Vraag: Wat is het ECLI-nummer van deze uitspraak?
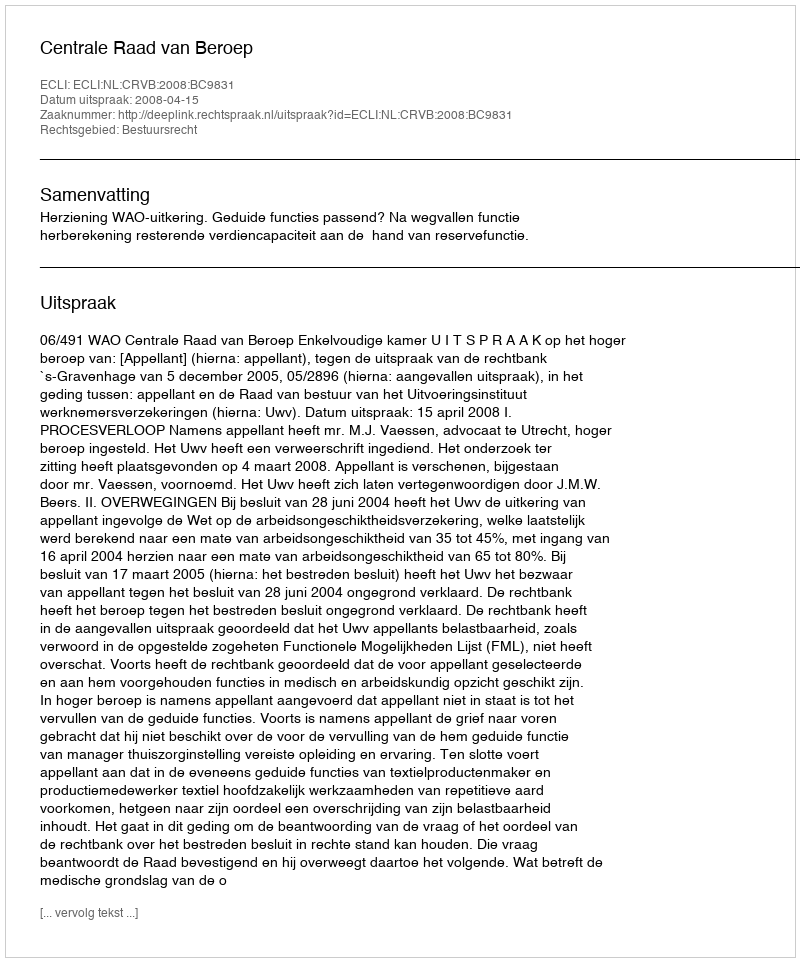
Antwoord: ECLI:NL:CRVB:2008:BC9831